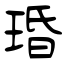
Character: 琘